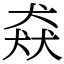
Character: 猋